Annual report on the working of the mental hospitals in the Madras Presidency - 1912-1932
Year: 1912
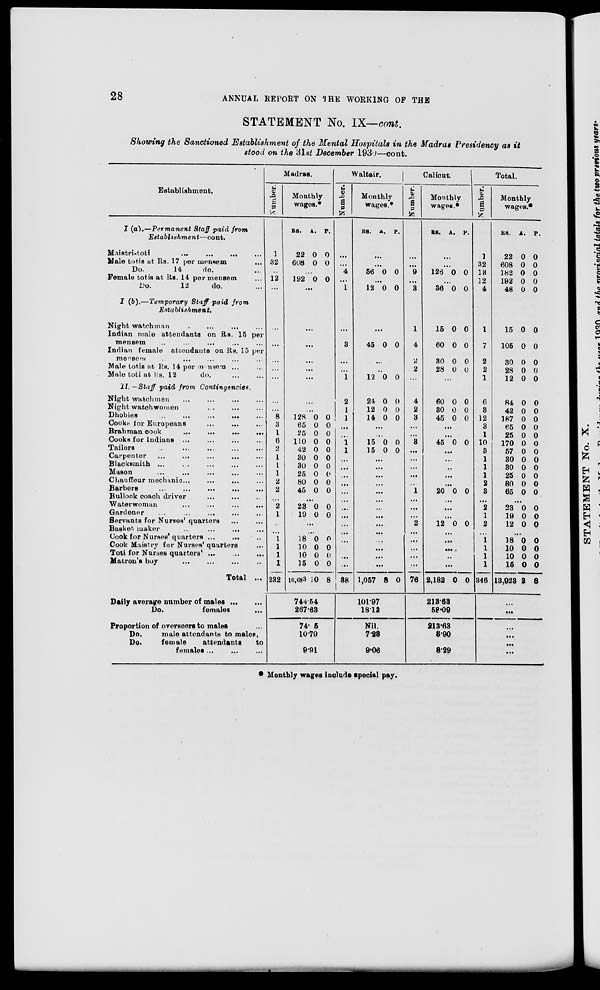
28
ANNUAL REPORT ON THE WORKING OF THE
STATEMENT No. IX—cont.
Showing the Sanctioned Establishment of the Mental Hospitals in the Madras Presidency as it
stood on the 31st December 1930—cont.
Establishment.
I (a).—Permanent Staff paid from
Establishment—cont.
Maistri-toti
...
...
...
...
Male totis at Rs. 17 per
mensem
...
Do.
14
do. ...
Female totis at Rs. 14 per mensem ...
Do.
12
do. ...
I (b).—Temporary Staff paid from
Establishment.
Night watchman ... ... ... ...
Indian male attendants on Rs. 15 per
mensem ... ... ... ... ...
Indian female attendants on Rs. 15 per
mensem ... ... ... ... ...
Male totis at Rs. 14 per mensem ... ...
Male toti at Rs. 12
do. ... ...
II. —Staff paid from Contingencies.
Night watchmen ... ... ... ...
Night watchwomen ... ... ... ...
Dhobies
...
...
...
...
...
Cooks for Europeans ... ... ...
Brahman
cook
...
...
...
...
Cooks for Indians ... ... ... ...
Tailors
...
...
...
...
...
Carpenter ... ... ... ... ...
Blacksmith ... ... ... ... ...
Mason ... ... ... ... ...
Chauffeur mechanic ... ... ... ...
Barbers
...
...
...
...
...
Bullock coach driver ... ... ...
Waterwoman ... ... ... ...
Gardener ... ... ... ... ...
Servants for Nurses' quarters ... ...
Basket maker ... ... ... ... ...
Cook for Nurses' quarters ... ... ...
Cook Maistry for Nurses' quarters ...
Toti for Nurses quarters
...
...
...
Matron's boy
...
...
...
...
Total ...
Daily average number of males
...
...
Do.
females
...
Proportion of overseers to males ...
Do.
male attendants to males.
Do.
female
attendants
to
females ... ... ...
Madras.
Number.
1
32
...
12
...
...
...
...
...
...
...
...
8
3
1
6
2
1
1
1
2
2
...
2
1
...
...
1 1
1
1
232
Monthly
wages.*
RS.
22
608
A.
0
0
P.
0
0
...
192 0 0
...
...
...
...
...
...
...
...
128
65
25
110
42
30
30
25
80
45
0
0
0
0
0
0
0
0
0
0
0
0
0
0
0
0
0
0
0
0
...
23
19
0
0
0
0
...
...
18
10
10
15
10,683
0
0
0
0
10
0
0
0
0
8
744.54
267.63
74. 5
10.79
9.91
Waltair.
Number.
...
...
4
...
1
...
3
...
...
1
2
1
1
...
...
1 1
...
...
...
...
...
...
...
...
...
...
...
...
...
...
38
Monthly
wages.*
RS. A. P.
...
...
56 0 0
...
12 0 0
...
45 0 0
...
...
12 0 0
24
12
14
0
0
0
0
0
0
...
...
15
15
0
0
0
0
...
...
...
...
...
...
...
...
...
...
...
...
...
...
1,057 8 0
101.97
18.12
Nil.
7.28
9.06
Calicut.
Number.
...
...
9
...
3
1
4
...
2
...
4
2
3
...
...
3
...
...
...
...
...
1
...
...
...
2
...
...
...
...
...
76
Monthly
wages.*
RS. A. P.
...
...
126 0 0
...
36 0 0
15
60
30
28
0
0
0
0
0
0
0
0
...
60
30
45
0
0
0
0
0
0
...
...
45 0 0
...
...
...
...
...
20 0 0
...
...
...
12 0 0
...
...
...
...
...
2,182 0 0
213.63
58.09
213.63
8.90
8.29
Total.
Number.
1
32
18
12
4
1
7
2
2
1
6
3
12
3
1
10
3
1
1
1
2
3
...
2
1
2
...
1
1
1
1
346
Monthly
wages.*
RS.
22
608
182
192
48
A.
0
0
0
0
0
P.
0
0
0
0
0
15
105
30
28
12
0
0
0
0
0
0
0
0
0
0
84
42
187
65
25
170
57
30
30
25
80
65
0
0
0
0
0
0
0
0
0
0
0
0
0
0
0
0
0
0
0
0
0
0
0
0
...
23
19
12
0
0
0
0
0
0
...
18
10
10
15
13,923
0
0
0
0
2
0
0
0
0
8
...
...
...
...
...
* Monthly wages include special pay.